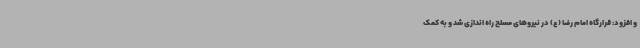
و افزود: قرارگاه امام رضا (ع) در نیروهای مسلح راه اندازی شد و به کمک